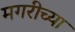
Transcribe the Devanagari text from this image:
मगरीच्या